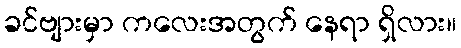
ခင်ဗျားမှာ ကလေးအတွက် နေရာ ရှိလား။